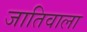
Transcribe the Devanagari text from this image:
जातिवाला